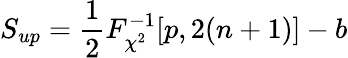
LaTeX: S_{up}=\frac{1}{2}F_{\chi^{2}}^{-1}[p,2(n+1)]-b